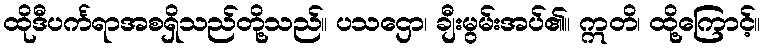
ထိုဒီပင်္ကရာအစရှိသည်တို့သည်။ ပသဌော၊ ချီးမွမ်းအပ်၏။ ဣတိ၊ ထို့ကြောင့်။